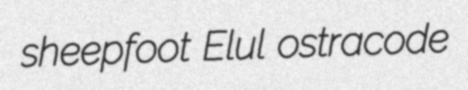
sheepfoot Elul ostracode